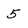
Character: 5